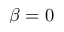
\beta = 0